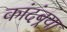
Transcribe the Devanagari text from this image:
कांदंबर्‍या